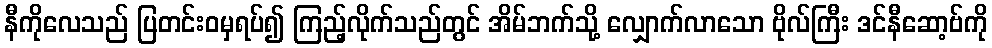
နီကိုလေသည် ပြတင်းဝမှရပ်၍ ကြည့်လိုက်သည်တွင် အိမ်ဘက်သို့ လျှောက်လာသော ဗိုလ်ကြီး ဒင်နီဆော့ဗ်ကို